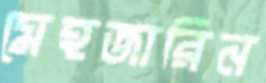
মেহজারিন